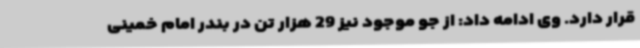
قرار دارد. وی ادامه داد: از جو موجود نیز 29 هزار تن در بندر امام خمینی